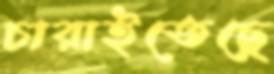
চারাইতেছে